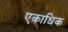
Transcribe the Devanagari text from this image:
एकाधिक